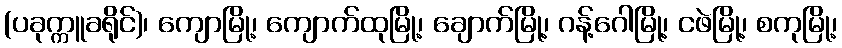
(ပခုက္ကူခရိုင်)၊ ကျောမြို့၊ ကျောက်ထုမြို့၊ ချောက်မြို့၊ ဂန့်ဂေါမြို့၊ ငဖဲမြို့၊ စကုမြို့၊